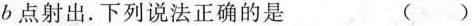
b点射出.下列说法正确的是 ( )